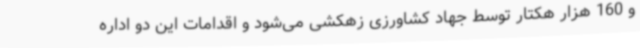
و 160 هزار هکتار توسط جهاد کشاورزی زهکشی می‌شود و اقدامات این دو اداره